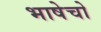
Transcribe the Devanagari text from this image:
भाषेचो